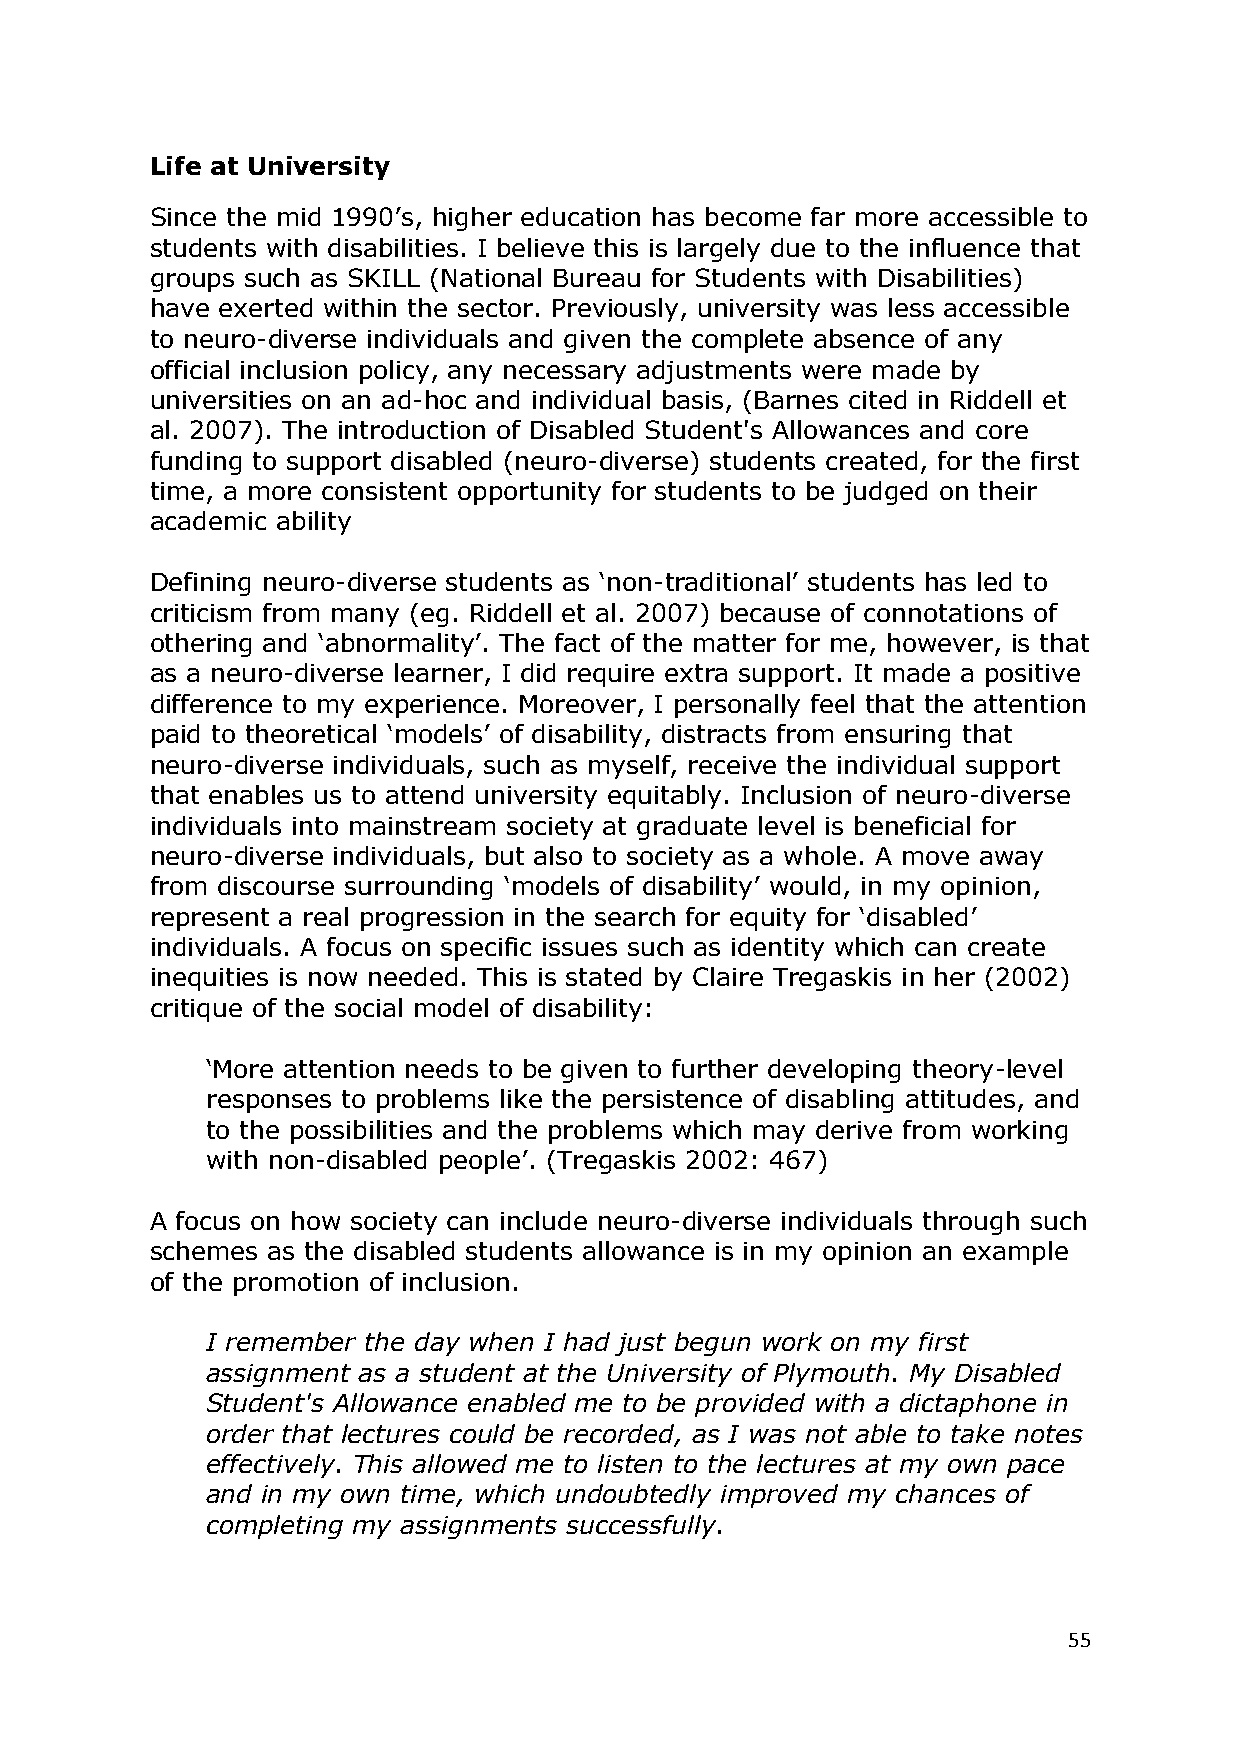
Life at University
 Since the mid 1990‘s, higher education has become far more accessible to
 students with disabilities. I believe this is largely due to the influence that
 groups such as SKILL (National Bureau for Students with Disabilities)
 have exerted within the sector. Previously, university was less accessible
 to neuro-diverse individuals and given the complete absence of any
 official inclusion policy, any necessary adjustments were made by
 universities on an ad-hoc and individual basis, (Barnes cited in Riddell et
 al. 2007). The introduction of Disabled Student's Allowances and core
 funding to support disabled (neuro-diverse) students created, for the first
 time, a more consistent opportunity for students to be judged on their
 academic ability
 Defining neuro-diverse students as ‗non-traditional‘ students has led to
 criticism from many (eg. Riddell et al. 2007) because of connotations of
 othering and ‗abnormality‘. The fact of the matter for me, however, is that
 as a neuro-diverse learner, I did require extra support. It made a positive
 difference to my experience. Moreover, I personally feel that the attention
 paid to theoretical ‗models‘ of disability, distracts from ensuring that
 neuro-diverse individuals, such as myself, receive the individual support
 that enables us to attend university equitably. Inclusion of neuro-diverse
 individuals into mainstream society at graduate level is beneficial for
 neuro-diverse individuals, but also to society as a whole. A move away
 from discourse surrounding ‗models of disability‘ would, in my opinion,
 represent a real progression in the search for equity for ‗disabled‘
 individuals. A focus on specific issues such as identity which can create
 inequities is now needed. This is stated by Claire Tregaskis in her (2002)
 critique of the social model of disability:
 ‗More attention needs to be given to further developing theory-level
 responses to problems like the persistence of disabling attitudes, and
 to the possibilities and the problems which may derive from working
 with non-disabled people‘. (Tregaskis 2002: 467)
 A focus on how society can include neuro-diverse individuals through such
 schemes as the disabled students allowance is in my opinion an example
 of the promotion of inclusion.
 I remember the day when I had just begun work on my first
 assignment as a student at the University of Plymouth. My Disabled
 Student's Allowance enabled me to be provided with a dictaphone in
 order that lectures could be recorded, as I was not able to take notes
 effectively. This allowed me to listen to the lectures at my own pace
 and in my own time, which undoubtedly improved my chances of
 completing my assignments successfully.
 55